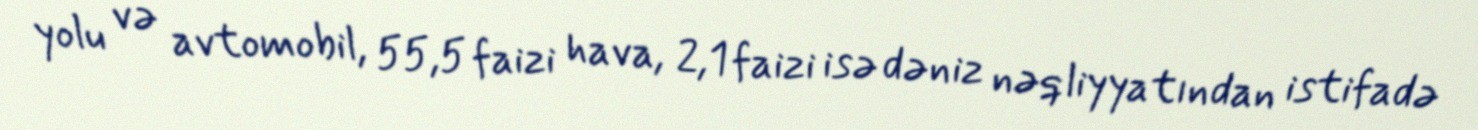
yolu və avtomobil, 55,5 faizi hava, 2,1 faizi isə dəniz nəqliyyatından istifadə